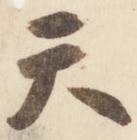
天